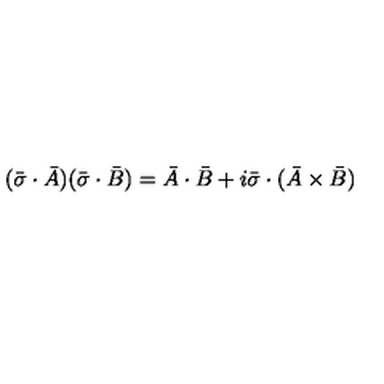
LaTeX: ( \bar { \sigma } \cdot \bar { A } ) ( \bar { \sigma } \cdot \bar { B } ) = \bar { A } \cdot \bar { B } + i \bar { \sigma } \cdot ( \bar { A } \times \bar { B } )